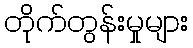
တိုက်တွန်းမှုများ